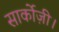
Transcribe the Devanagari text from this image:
सार्कोज़ी।